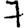
Digit: 7